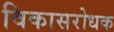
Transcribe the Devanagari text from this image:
विकासरोधक